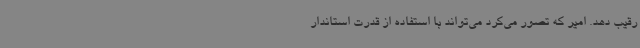
رقیب دهد. امیر که تصور می‌کرد می‌تواند با استفاده از قدرت استاندار